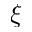
\xi